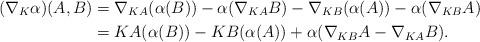
LaTeX: \begin{align*}(\nabla_K \alpha)(A,B)&=\nabla_{KA}(\alpha(B))-\alpha(\nabla_{KA}B)-\nabla_{KB}(\alpha(A))-\alpha(\nabla_{KB}A) \\&=KA(\alpha(B))-KB(\alpha(A))+\alpha(\nabla_{KB}A-\nabla_{KA}B).\end{align*}